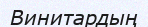
Винитардың